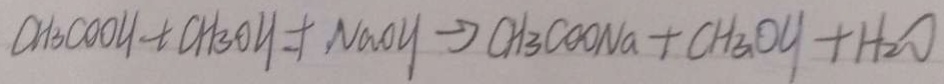
C H _ { 3 } C O O H + C H _ { 3 } O H = N a O H \rightarrow C H _ { 3 } C O O N a + C H _ { 3 } O H + H _ { 2 } O